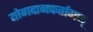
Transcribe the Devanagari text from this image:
योगदानकर्तागण्